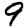
Digit: 9